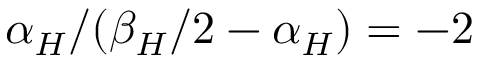
\alpha _ { H } / ( \beta _ { H } / 2 - \alpha _ { H } ) = - 2